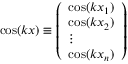
\begin{array} { r } { \cos ( k x ) \equiv \left( \begin{array} { l } { \cos ( k x _ { 1 } ) } \\ { \cos ( k x _ { 2 } ) } \\ { \vdots } \\ { \cos ( k x _ { n } ) } \end{array} \right) } \end{array}